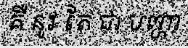
គឺ នូវ តែ ជា បញ្ហា